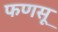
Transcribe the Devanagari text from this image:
फणसू